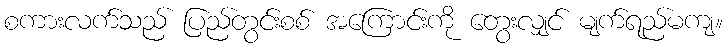
စကားလက်သည် ပြည်တွင်းစစ် အကြောင်းကို တွေးလျှင် မျက်ရည်မကျ။